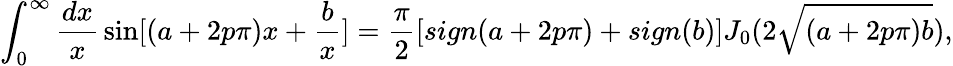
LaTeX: \int_{0}^{\infty}{\frac{dx}{x}}\sin[(a+2p\pi)x+{\frac{b}{x}}]={\frac{\pi}{2}}[sign(a+2p\pi)+sign(b)]J_{0}(2\sqrt{(a+2p\pi)b}),